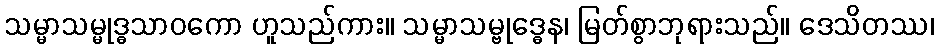
သမ္မာသမ္မုဒ္ဓသာဝကော ဟူသည်ကား။ သမ္မာသမ္ဗုဒ္ဓေန၊ မြတ်စွာဘုရားသည်။ ဒေသိတဿ၊